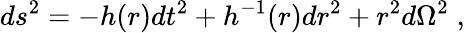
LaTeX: ds^{2}=-h(r)dt^{2}+h^{-1}(r)dr^{2}+r^{2}d\Omega^{2}\; ,